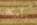
بأمكانى